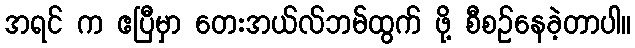
အရင် က ဧပြီမှာ တေးအယ်လ်ဘမ်ထွက် ဖို့ စီစဉ်နေခဲ့တာပါ။